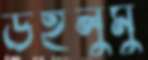
উইলুমু